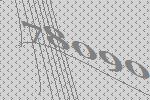
78090